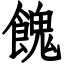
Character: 餽